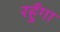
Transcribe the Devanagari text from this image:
रहुँगा